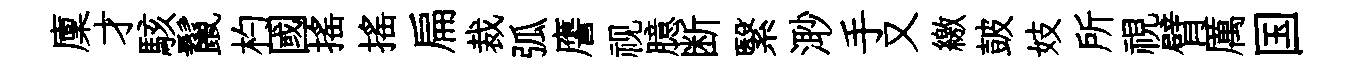
廩才駭鬣杓國摇揺扁裁弧譍视臆断繄𣺌手又繳皷妓所視臂厲国